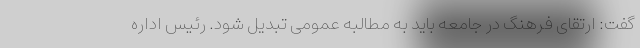
گفت: ارتقای فرهنگ در جامعه باید به مطالبه عمومی تبدیل شود. رئیس اداره